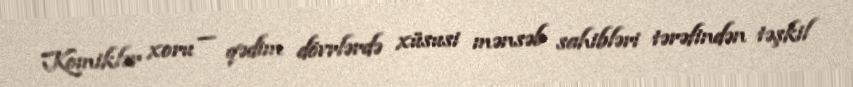
Komiklər xoru — qədim dövrlərdə xüsusi mənsəb sahibləri tərəfindən təşkil